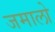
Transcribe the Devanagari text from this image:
जमालो